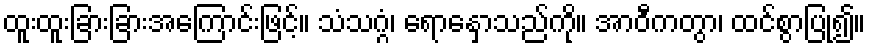
ထူးထူးခြားခြားအကြောင်းဖြင့်။ သံသဂ္ဂံ၊ ရောနှောသည်ကို။ အာဝီကတွာ၊ ထင်စွာပြု၍။